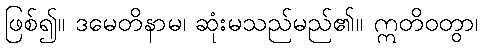
ဖြစ်၍။ ဒမေတိနာမ၊ ဆုံးမသည်မည်၏။ ဣတိဝတွာ၊